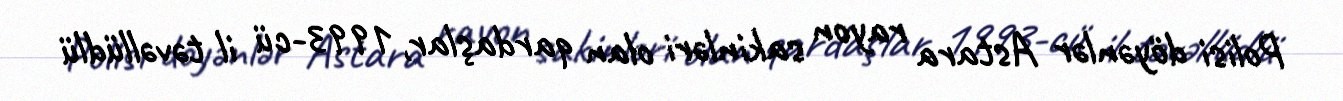
Polisi döyənlər Astara rayon sakinləri olan qardaşlar, 1993-cü il təvəllüdlü